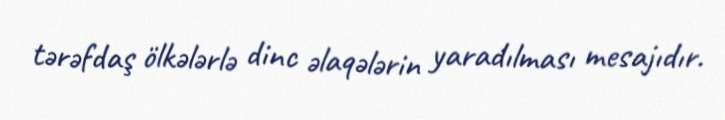
tərəfdaş ölkələrlə dinc əlaqələrin yaradılması mesajıdır.